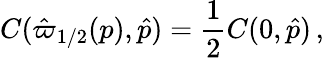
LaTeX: {C}(\hat{\varpi}_{1/2}(p),\hat{p})=\frac{1}{2}{C}(0,\hat{p})\, ,